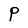
Character: P